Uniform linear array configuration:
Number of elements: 4
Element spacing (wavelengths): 0.75
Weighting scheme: kaiser
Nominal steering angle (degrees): -15
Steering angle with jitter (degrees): -15.312
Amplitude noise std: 0.05
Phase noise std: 0.05

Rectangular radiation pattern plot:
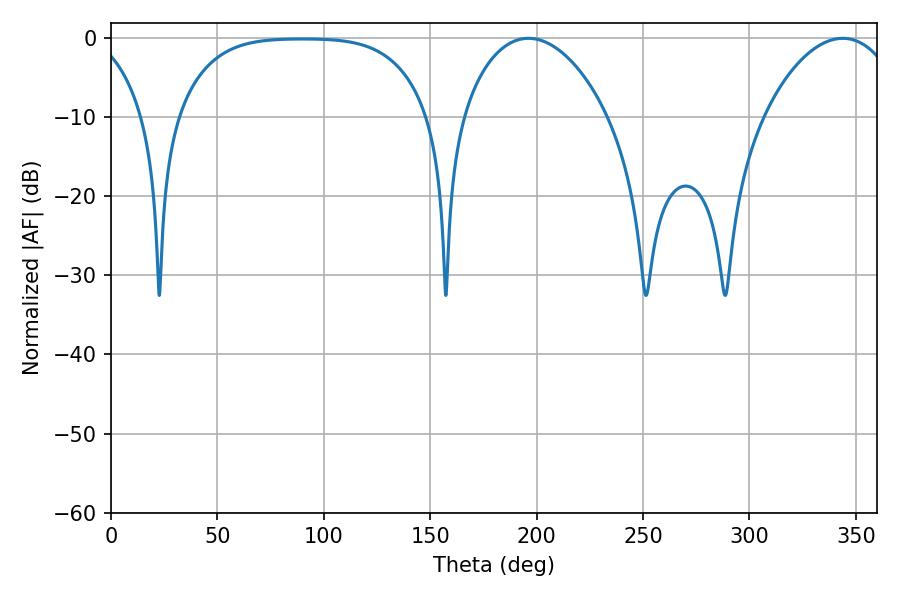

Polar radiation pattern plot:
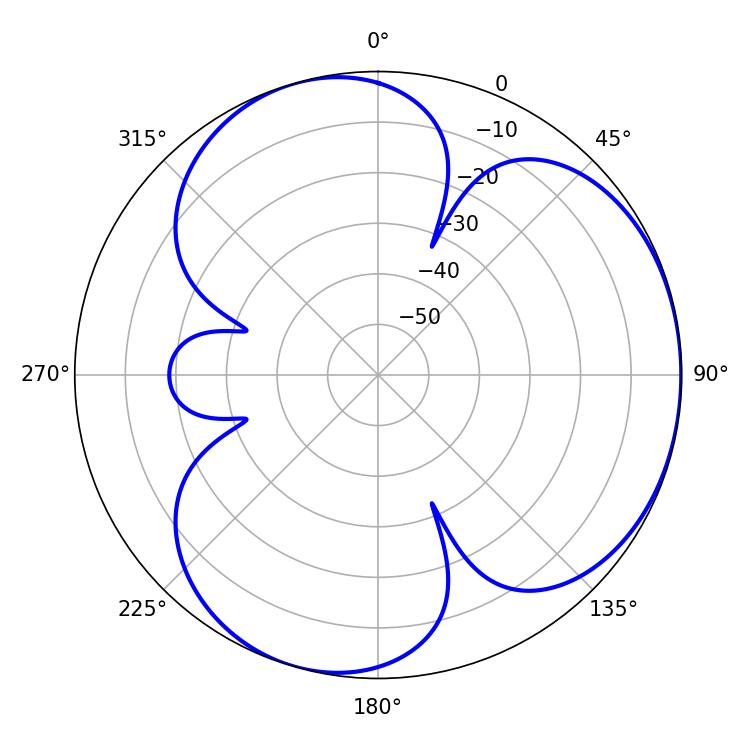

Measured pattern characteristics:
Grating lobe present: TRUE
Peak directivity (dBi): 3.745
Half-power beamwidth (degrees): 38.7
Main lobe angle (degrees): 196.2